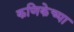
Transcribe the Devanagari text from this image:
कणिकेच्या